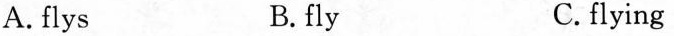
A. flys B.fly C. flying